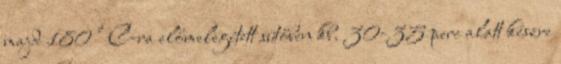
majd 180°C-ra előmelegített sütőben kb. 30-35 perc alatt készre